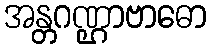
အန္တဂဏ္ဌာဗာဓော